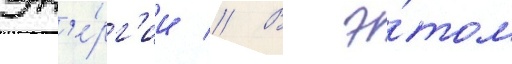
эн'е́рг'ии // В э́том